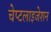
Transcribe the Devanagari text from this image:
चेप्टलाइजेशन